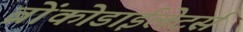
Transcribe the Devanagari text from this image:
ब्रोंकोडाईलेटर्स